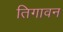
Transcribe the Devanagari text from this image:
तिगावन